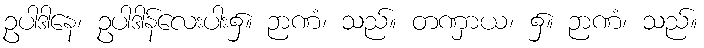
ဥပါဒါနေ၊ ဥပါဒါန်လေးပါး၌။ ဉာဏံ၊ သည်။ တဏှာယ၊ ၌။ ဉာဏံ၊ သည်။